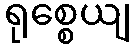
ရုစ္စေယျ